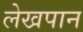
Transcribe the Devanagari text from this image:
लेखपान